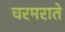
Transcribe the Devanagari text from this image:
चरमराते